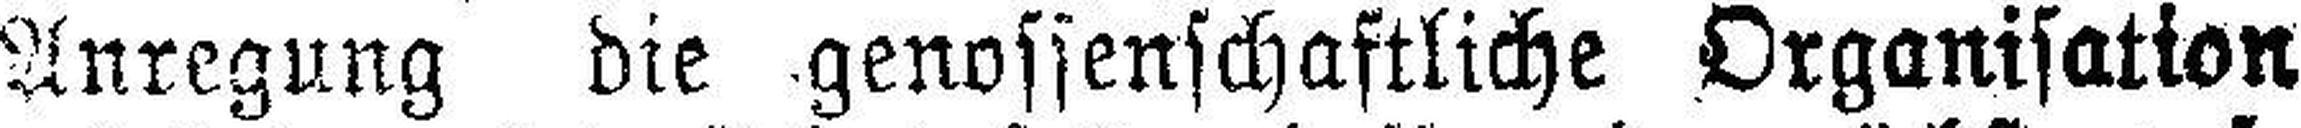
Anregung die genossenschaftliche Organisation